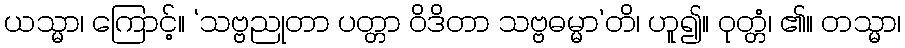
ယသ္မာ၊ ကြောင့်။ ‘သဗ္ဗညုတာ ပတ္တာ ဝိဒိတာ သဗ္ဗဓမ္မာ’တိ၊ ဟူ၍။ ဝုတ္တံ၊ ၏။ တသ္မာ၊